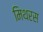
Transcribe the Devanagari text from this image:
मिथरस